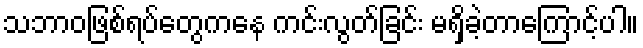
သဘာဝဖြစ်ရပ်တွေကနေ ကင်းလွတ်ခြင်း မရှိခဲ့တာကြောင့်ပါ။